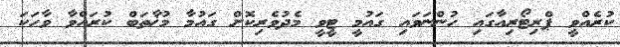
ކުރެއްވީ ޕްރިޓޯރިއާގައި ހުންނަވައި ގައުމީ ޓީވީ މެދުވެރިކޮށް ގައުމާ މުޚާތަބް ކުރައްވާ ވާހަކަ